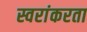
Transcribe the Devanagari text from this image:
स्वरांकरता